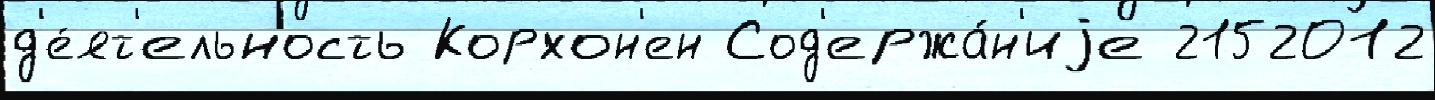
д'е́ят'ельность Корхон'ен Сод'ержа́н'иjе 2152012